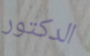
الدكتور